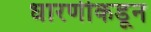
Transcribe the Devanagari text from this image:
धारणीकडून